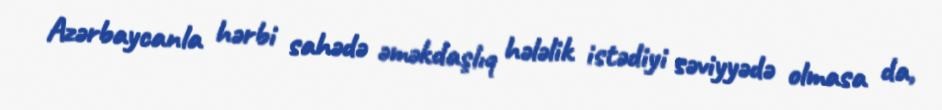
Azərbaycanla hərbi sahədə əməkdaşlıq hələlik istədiyi səviyyədə olmasa da,